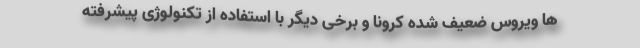
ها ویروس ضعیف شده کرونا و برخی دیگر با استفاده از تکنولوژی پیشرفته